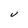
Character: U